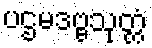
ပဌမဒဗ္ဗသုတ္တံ